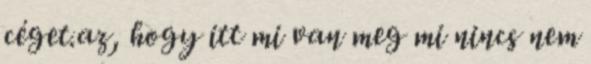
céget.az, hogy itt mi van meg mi nincs nem